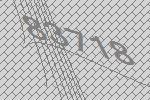
83718